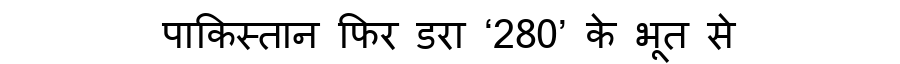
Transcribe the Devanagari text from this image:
पाकिस्तान फिर डरा ‘280’ के भूत से